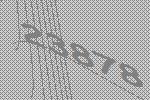
23878